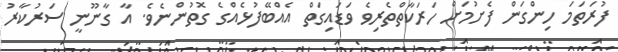
ފުރަތަމަ ހިންގަން ފެށުމަށް ހަރަކާތްތެރިވެ ވަޑައިގަތް އެއްބޭފުޅެއްގެ ގޮތުންނެވެ. އާ ގާނޫނީ ސަރުކާރު